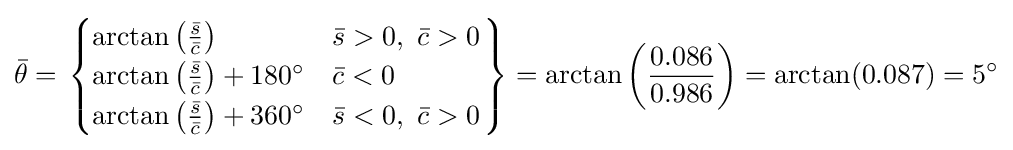
{\bar {\theta }}=\left.{\begin{cases}\arctan \left({\frac {\bar {s}}{\bar {c}}}\right)&{\bar {s}}>0,\ {\bar {c}}>0\\\arctan \left({\frac {\bar {s}}{\bar {c}}}\right)+180^{\circ }&{\bar {c}}<0\\\arctan \left({\frac {\bar {s}}{\bar {c}}}\right)+360^{\circ }&{\bar {s}}<0,\ {\bar {c}}>0\end{cases}}\right\}=\arctan \left({\frac {0.086}{0.986}}\right)=\arctan(0.087)=5^{\circ }